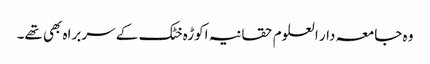
وہ جامعہ دار العلوم حقانیہ اکوڑہ خٹک کے سربراہ بھی تھے۔